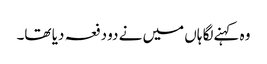
وہ کہنےلگا ہاں میں نے دو دفعہ دیا تھا۔